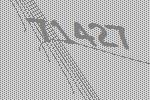
71427